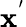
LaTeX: \mathbf{x}^{'}